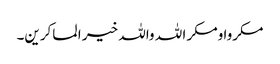
مکروا ومکر ا للہ واللہ خیر ا لماکرین۔